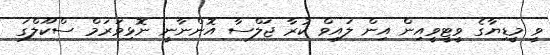
ވީ މީޑިޔާގެ ވީޓީވީއިން އިން ލައިވް ކުރާ ޖަލްސާ އޮންނާނީ ނޮޅިވަރަމް ސްކޫލްގަ